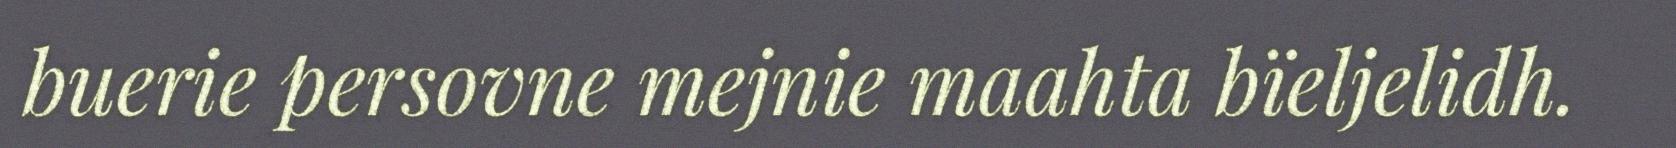
buerie persovne mejnie maahta bïeljelidh.